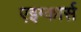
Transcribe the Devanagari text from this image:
एइग्कार्स